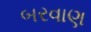
બરવાણ